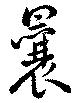
曩